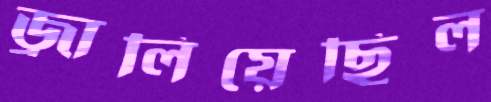
জ্বালিয়েছিল